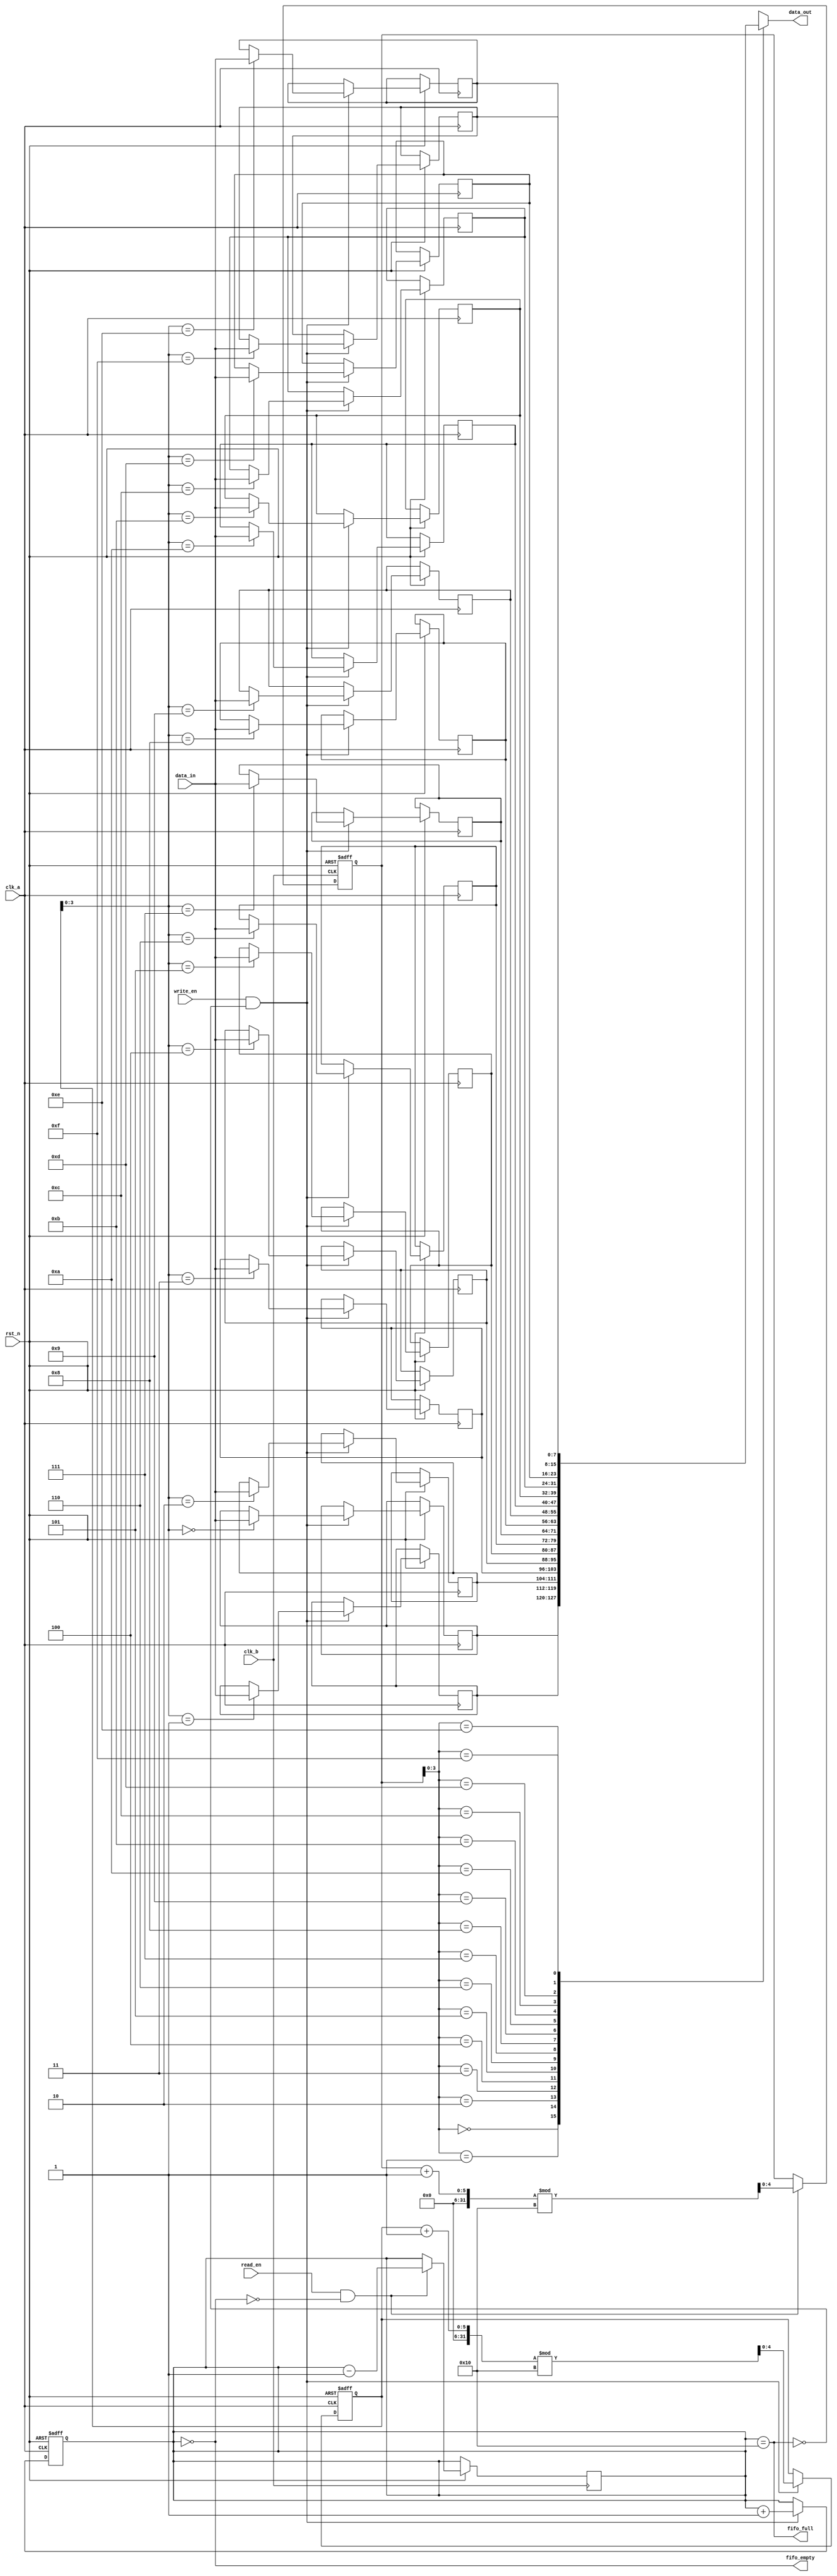
module fifo_synchronizer #(
    parameter DATA_WIDTH = 8,   // Width of the data
    parameter FIFO_DEPTH = 16    // Depth of the FIFO
)(
    input wire clk_a,            // Clock A (source clock)
    input wire clk_b,            // Clock B (destination clock)
    input wire rst_n,            // Active low reset
    input wire [DATA_WIDTH-1:0] data_in, // Data input
    input wire write_en,         // Write enable signal
    output wire fifo_full,       // FIFO full indicator
    output wire fifo_empty,      // FIFO empty indicator
    output wire [DATA_WIDTH-1:0] data_out, // Data output
    input wire read_en           // Read enable signal
);

    // FIFO memory declaration
    reg [DATA_WIDTH-1:0] fifo_mem [0:FIFO_DEPTH-1];
    reg [4:0] write_ptr;        // Write pointer
    reg [4:0] read_ptr;         // Read pointer
    reg [4:0] fifo_count;       // FIFO count

    // Write Logic (Clock A)
    always @(posedge clk_a or negedge rst_n) begin
        if (!rst_n) begin
            write_ptr <= 0;
            fifo_count <= 0;
        end else if (write_en && !fifo_full) begin
            fifo_mem[write_ptr] <= data_in;
            write_ptr <= (write_ptr + 1) % FIFO_DEPTH;
            fifo_count <= fifo_count + 1;
        end
    end

    // Read Logic (Clock B)
    always @(posedge clk_b or negedge rst_n) begin
        if (!rst_n) begin
            read_ptr <= 0;
        end else if (read_en && !fifo_empty) begin
            read_ptr <= (read_ptr + 1) % FIFO_DEPTH;
            fifo_count <= fifo_count - 1;
        end
    end

    // Output data
    assign data_out = fifo_mem[read_ptr];

    // FIFO full and empty conditions
    assign fifo_full = (fifo_count == FIFO_DEPTH);
    assign fifo_empty = (fifo_count == 0);

endmodule